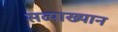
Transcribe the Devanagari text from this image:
सव्याख्यान